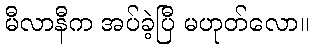
မီလာနီက အပ်ခဲ့ပြီ မဟုတ်လော။